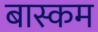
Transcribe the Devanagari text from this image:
बास्कम